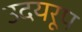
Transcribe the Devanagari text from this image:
उदयरूप